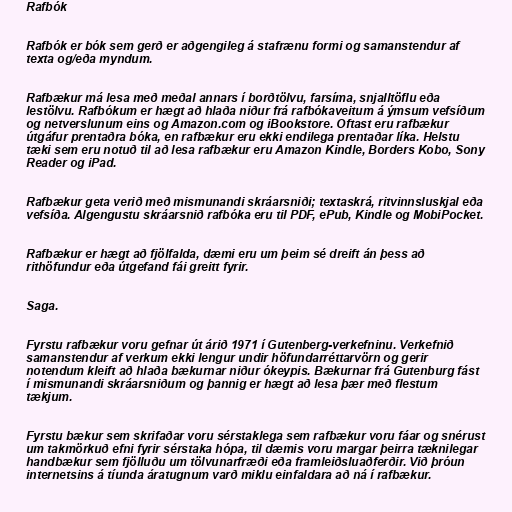
Rafbók

Rafbók er bók sem gerð er aðgengileg á stafrænu formi og samanstendur af
texta og/eða myndum.

Rafbækur má lesa með meðal annars í borðtölvu, farsíma, snjalltöflu eða
lestölvu. Rafbókum er hægt að hlaða niður frá rafbókaveitum á ýmsum vefsíðum
og netverslunum eins og Amazon.com og iBookstore. Oftast eru rafbækur
útgáfur prentaðra bóka, en rafbækur eru ekki endilega prentaðar líka. Helstu
tæki sem eru notuð til að lesa rafbækur eru Amazon Kindle, Borders Kobo, Sony
Reader og iPad.

Rafbækur geta verið með mismunandi skráarsniði; textaskrá, ritvinnsluskjal eða
vefsíða. Algengustu skráarsnið rafbóka eru til PDF, ePub, Kindle og MobiPocket.

Rafbækur er hægt að fjölfalda, dæmi eru um þeim sé dreift án þess að
rithöfundur eða útgefand fái greitt fyrir.

Saga.

Fyrstu rafbækur voru gefnar út árið 1971 í Gutenberg-verkefninu. Verkefnið
samanstendur af verkum ekki lengur undir höfundarréttarvörn og gerir
notendum kleift að hlaða bækurnar niður ókeypis. Bækurnar frá Gutenburg fást
í mismunandi skráarsniðum og þannig er hægt að lesa þær með flestum
tækjum.

Fyrstu bækur sem skrifaðar voru sérstaklega sem rafbækur voru fáar og snérust
um takmörkuð efni fyrir sérstaka hópa, til dæmis voru margar þeirra tæknilegar
handbækur sem fjölluðu um tölvunarfræði eða framleiðsluaðferðir. Við þróun
internetsins á tíunda áratugnum varð miklu einfaldara að ná í rafbækur.